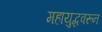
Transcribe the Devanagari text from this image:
महायुद्धवरून